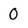
Character: 0